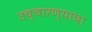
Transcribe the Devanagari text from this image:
उच्चारण्याचा